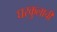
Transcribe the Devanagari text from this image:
घरकुलाची